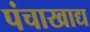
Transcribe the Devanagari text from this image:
पंचाखाद्य